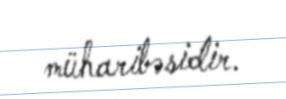
müharibəsidir.